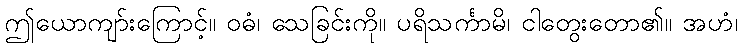
ဤယောကျာ်းကြောင့်။ ဝဓံ၊ သေခြင်းကို။ ပရိသင်္ကာမိ၊ ငါတွေးတော၏။ အဟံ၊